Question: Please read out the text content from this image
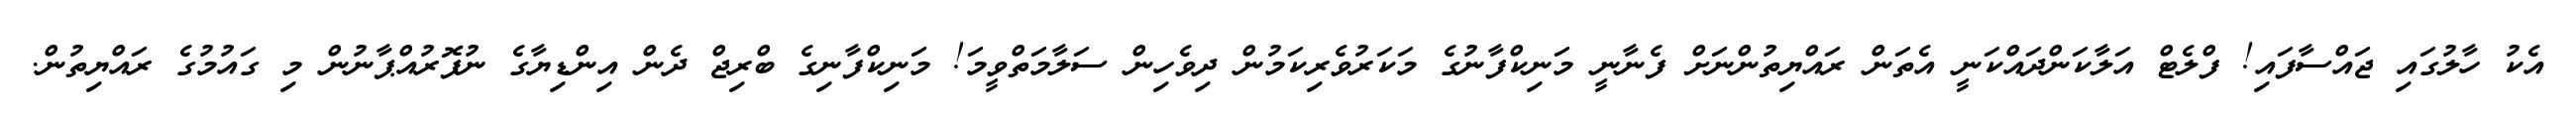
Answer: އެކު ހާލުގައި ޖައްސާފައި! ފްލެޓް އަލާކަންދައްކަނީ އެތަން ރައްޔިތުންނަށް ފެނާނީ މަނިކްފާނުގެ މަކަރުވެރިކަމުން ދިވެހިން ސަލާމަތްވީމަ! މަނިކްފާނިގެ ބްރިޖް ދެން އިންޑިޔާގެ ނުފޮރުއްޕާނުން މި ގައުމުގެ ރައްޔިތުން.